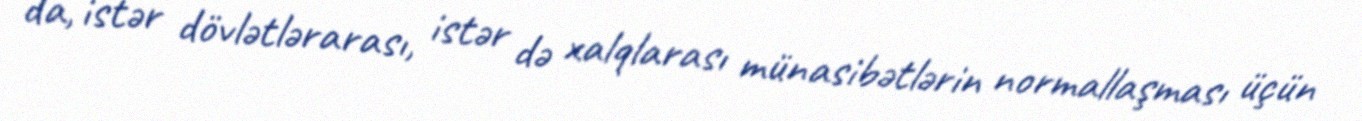
da, istər dövlətlərarası, istər də xalqlarası münasibətlərin normallaşması üçün